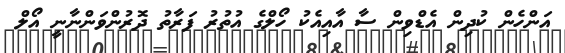
އަންހެން ކުދިން އެޑްވިން ސާ އާއިއެކު ހޯލްގެ އުތުރު ފަރާތު ދޮރުންވަންނާނީ އޯލް